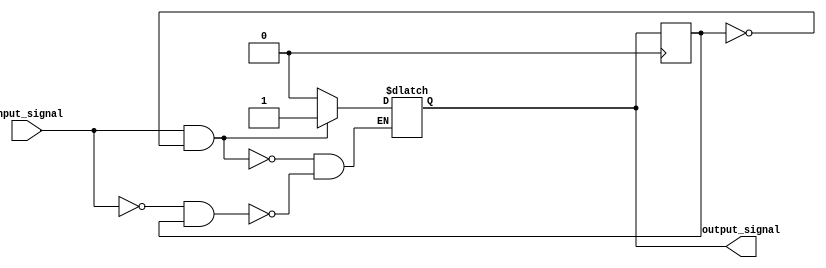
module schmitt_trigger_inverter (
    input wire input_signal,
    output reg output_signal
);

reg prev_output;

always @ (input_signal) begin
    if (input_signal && !prev_output)
        output_signal <= 1;
    else if (!input_signal && prev_output)
        output_signal <= 0;
end

always @ (posedge clk) begin
    prev_output <= output_signal;
end

endmodule